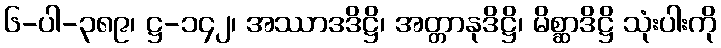
၆-ပါ-၃၈၉၊ ဋ္ဌ-၁၄၂၊ အဿာဒဒိဋ္ဌိ၊ အတ္တာနုဒိဋ္ဌိ၊ မိစ္ဆာဒိဋ္ဌိ သုံးပါးကို